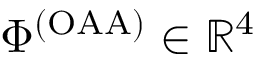
\Phi ^ { ( \mathrm { O A A } ) } \in \mathbb { R } ^ { 4 }